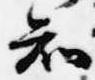
知